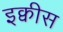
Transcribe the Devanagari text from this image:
इक्वीस